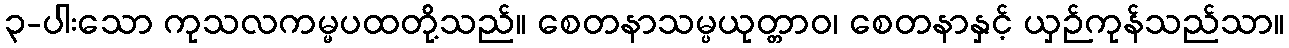
၃-ပါးသော ကုသလကမ္မပထတို့သည်။ စေတနာသမ္ပယုတ္တာဝ၊ စေတနာနှင့် ယှဉ်ကုန်သည်သာ။